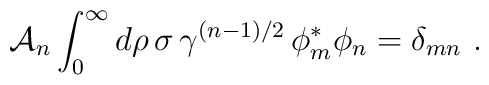
{\cal A}_n \int_0^\infty d\rho \, \sigma \,\gamma^{(n-1)/2}\,       \phi_m^\ast \phi_n = \delta_{mn}~.